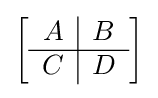
{\begin{bmatrix}{\begin{array}{c|c}A&B\\\hline C&D\end{array}}\end{bmatrix}}